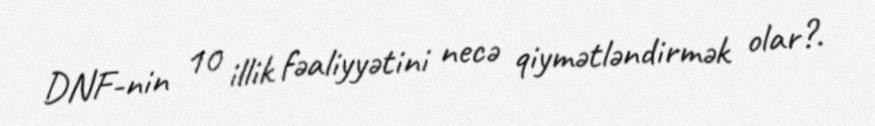
DNF-nin 10 illik fəaliyyətini necə qiymətləndirmək olar?.